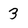
Character: 3